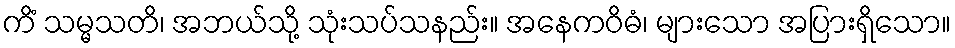
ကိံ သမ္မသတိ၊ အဘယ်သို့ သုံးသပ်သနည်း။ အနေကဝိဓံ၊ များသော အပြားရှိသော။